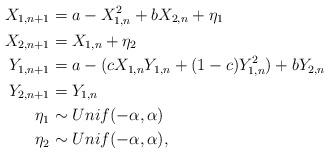
LaTeX: \begin{align*} X_{1,n+1} &= a-X_{1,n}^2 + bX_{2,n} + \eta_1\\ X_{2,n+1} &= X_{1,n} +\eta_2\\ Y_{1,n+1} &= a - (c X_{1,n}Y_{1,n} + (1-c) Y_{1,n}^2)+bY_{2,n}\\ Y_{2,n+1} &= Y_{1,n} \\ \eta_1&\sim Unif(-\alpha,\alpha)\\ \eta_2&\sim Unif(-\alpha,\alpha),\end{align*}